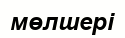
мөлшері